Insane asylums in Bengal annual reports 1867-1875 - 1867-1875
Year: 1867
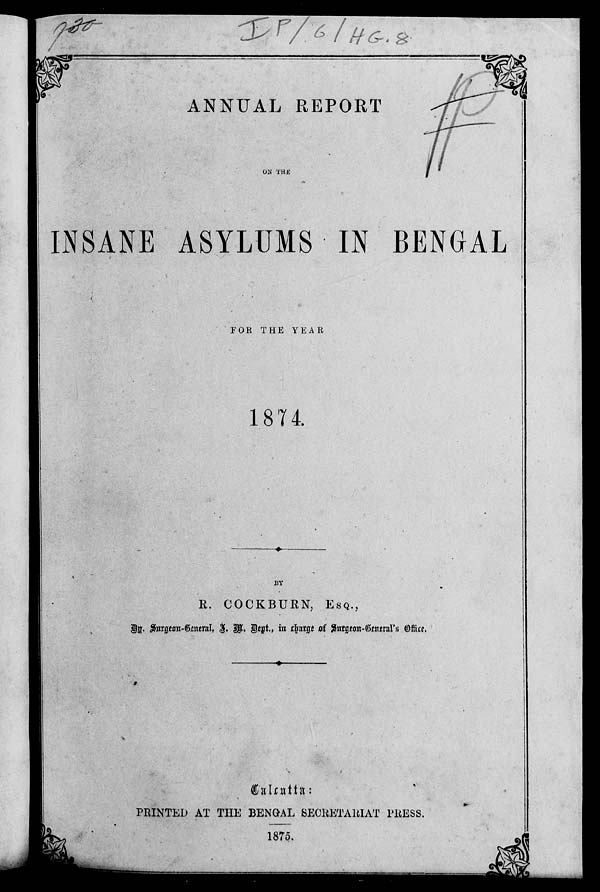
ANNUAL REPORT
ON THE
INSANE ASYLUMS IN BENGAL
FOR THE YEAR
1874.
BY
R. COCKBURN, ESQ.,
By Surgeon-General, J. M. Dept., in charge of Surgeon-General's Office.
Calcutta:
PRINTED AT THE BENGAL SECRETARIAT PRESS.
1875.